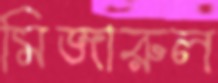
মিজারুল